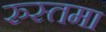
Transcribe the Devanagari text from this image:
रुस्तमा